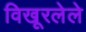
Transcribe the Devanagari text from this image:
विखूरलेले